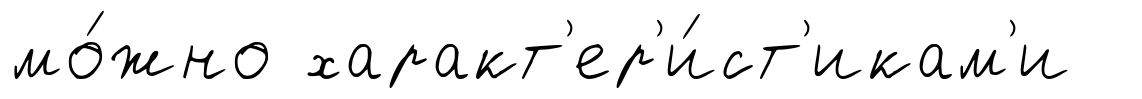
мо́жно характ'ер'и́ст'икам'и